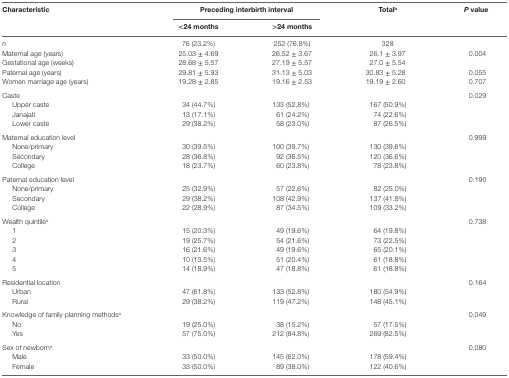
<table><thead><tr><td rowspan="2"><b>Characteristic</b></td><td colspan="2"><b>Preceding interbirth interval</b></td><td rowspan="2"><b>Total<sup>b</sup></b></td><td rowspan="2"><b><i>P</i> value</b></td></tr><tr><td><b>&lt;24 months</b></td><td><b>&gt;24 months</b></td></tr></thead><tbody><tr><td><i>n</i></td><td>76 (23.2%)</td><td>252 (76.8%)</td><td>328</td><td>[EMPTY_CELL]</td></tr><tr><td>Maternal age (years)</td><td>25.03 ± 4.69</td><td>26.52 ± 3.67</td><td>26.1 ± 3.97</td><td>0.004</td></tr><tr><td>Gestational age (weeks)</td><td>28.68 ± 5.57</td><td>27.19 ± 5.57</td><td>27.0 ± 5.54</td><td>[EMPTY_CELL]</td></tr><tr><td>Paternal age (years)</td><td>29.81 ± 5.93</td><td>31.13 ± 5.03</td><td>30.83 ± 5.28</td><td>0.055</td></tr><tr><td>Women marriage age (years)</td><td>19.28 ± 2.85</td><td>19.16 ± 2.53</td><td>19.19 ± 2.60</td><td>0.707</td></tr><tr><td>Caste</td><td>[EMPTY_CELL]</td><td>[EMPTY_CELL]</td><td>[EMPTY_CELL]</td><td rowspan="4">0.029</td></tr><tr><td> Upper caste</td><td>34 (44.7%)</td><td>133 (52.8%)</td><td>167 (50.9%)</td></tr><tr><td> Janajati</td><td>13 (17.1%)</td><td>61 (24.2%)</td><td>74 (22.6%)</td></tr><tr><td> Lower caste</td><td>29 (38.2%)</td><td>58 (23.0%)</td><td>87 (26.5%)</td></tr><tr><td>Maternal education level</td><td>[EMPTY_CELL]</td><td>[EMPTY_CELL]</td><td>[EMPTY_CELL]</td><td rowspan="4">0.999</td></tr><tr><td> None/primary</td><td>30 (39.5%)</td><td>100 (39.7%)</td><td>130 (39.6%)</td></tr><tr><td> Secondary</td><td>28 (36.8%)</td><td>92 (36.5%)</td><td>120 (36.6%)</td></tr><tr><td> College</td><td>18 (23.7%)</td><td>60 (23.8%)</td><td>78 (23.8%)</td></tr><tr><td>Paternal education level</td><td>[EMPTY_CELL]</td><td>[EMPTY_CELL]</td><td>[EMPTY_CELL]</td><td>0.190</td></tr><tr><td> None/primary</td><td>25 (32.9%)</td><td>57 (22.6%)</td><td>82 (25.0%)</td><td>[EMPTY_CELL]</td></tr><tr><td> Secondary</td><td>29 (38.2%)</td><td>108 (42.9%)</td><td>137 (41.8%)</td><td>[EMPTY_CELL]</td></tr><tr><td> College</td><td>22 (28.9%)</td><td>87 (34.5%)</td><td>109 (33.2%)</td><td>[EMPTY_CELL]</td></tr><tr><td>Wealth quintile<sup>a</sup></td><td>[EMPTY_CELL]</td><td>[EMPTY_CELL]</td><td>[EMPTY_CELL]</td><td rowspan="6">0.738</td></tr><tr><td> 1</td><td>15 (20.3%)</td><td>49 (19.6%)</td><td>64 (19.8%)</td></tr><tr><td> 2</td><td>19 (25.7%)</td><td>54 (21.6%)</td><td>73 (22.5%)</td></tr><tr><td> 3</td><td>16 (21.6%)</td><td>49 (19.6%)</td><td>65 (20.1%)</td></tr><tr><td> 4</td><td>10 (13.5%)</td><td>51 (20.4%)</td><td>61 (18.8%)</td></tr><tr><td> 5</td><td>14 (18.9%)</td><td>47 (18.8%)</td><td>61 (18.8%)</td></tr><tr><td>Residential location</td><td>[EMPTY_CELL]</td><td>[EMPTY_CELL]</td><td>[EMPTY_CELL]</td><td rowspan="3">0.164</td></tr><tr><td> Urban</td><td>47 (61.8%)</td><td>133 (52.8%)</td><td>180 (54.9%)</td></tr><tr><td> Rural</td><td>29 (38.2%)</td><td>119 (47.2%)</td><td>148 (45.1%)</td></tr><tr><td>Knowledge of family planning methods<sup>a</sup></td><td>[EMPTY_CELL]</td><td>[EMPTY_CELL]</td><td>[EMPTY_CELL]</td><td rowspan="3">0.049</td></tr><tr><td> No</td><td>19 (25.0%)</td><td>38 (15.2%)</td><td>57 (17.5%)</td></tr><tr><td> Yes</td><td>57 (75.0%)</td><td>212 (84.8%)</td><td>269 (82.5%)</td></tr><tr><td>Sex of newborn<sup>a</sup></td><td>[EMPTY_CELL]</td><td>[EMPTY_CELL]</td><td>[EMPTY_CELL]</td><td>0.080</td></tr><tr><td> Male</td><td>33 (50.0%)</td><td>145 (62.0%)</td><td>178 (59.4%)</td><td>[EMPTY_CELL]</td></tr><tr><td> Female</td><td>33 (50.0%)</td><td>89 (38.0%)</td><td>122 (40.6%)</td><td>[EMPTY_CELL]</td></tr></tbody></table>